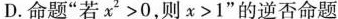
D.命题”若$$x ^ { 2 } > 0$$，则$$x > 1$$”的逆否命题